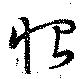
恨